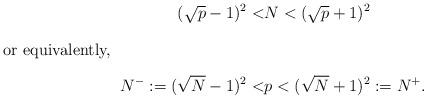
LaTeX: \begin{align*} (\sqrt{p}-1)^2<&N<(\sqrt{p}+1)^2\intertext{or equivalently, }N^-:=(\sqrt{N}-1)^2<&p<(\sqrt{N}+1)^2:=N^+.\end{align*}